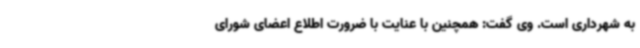
به شهرداری است. وی گفت: همچنین با عنایت با ضرورت اطلاع اعضای شورای